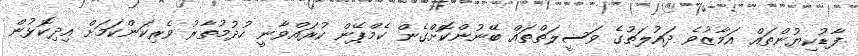
ފާޑުކިޔުންތައް އަމާޒުވެ ދައުލަތުގެ ވަސީލަތްތައް ބޭނުންކޮށްގެން ކެމްޕޭން ކުރައްވާނީ ހުދުމުތާރު ވެރިކަންކަމަށް އިދިކޮޅުން